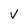
Character: v